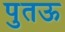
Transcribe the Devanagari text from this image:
पुतऊ